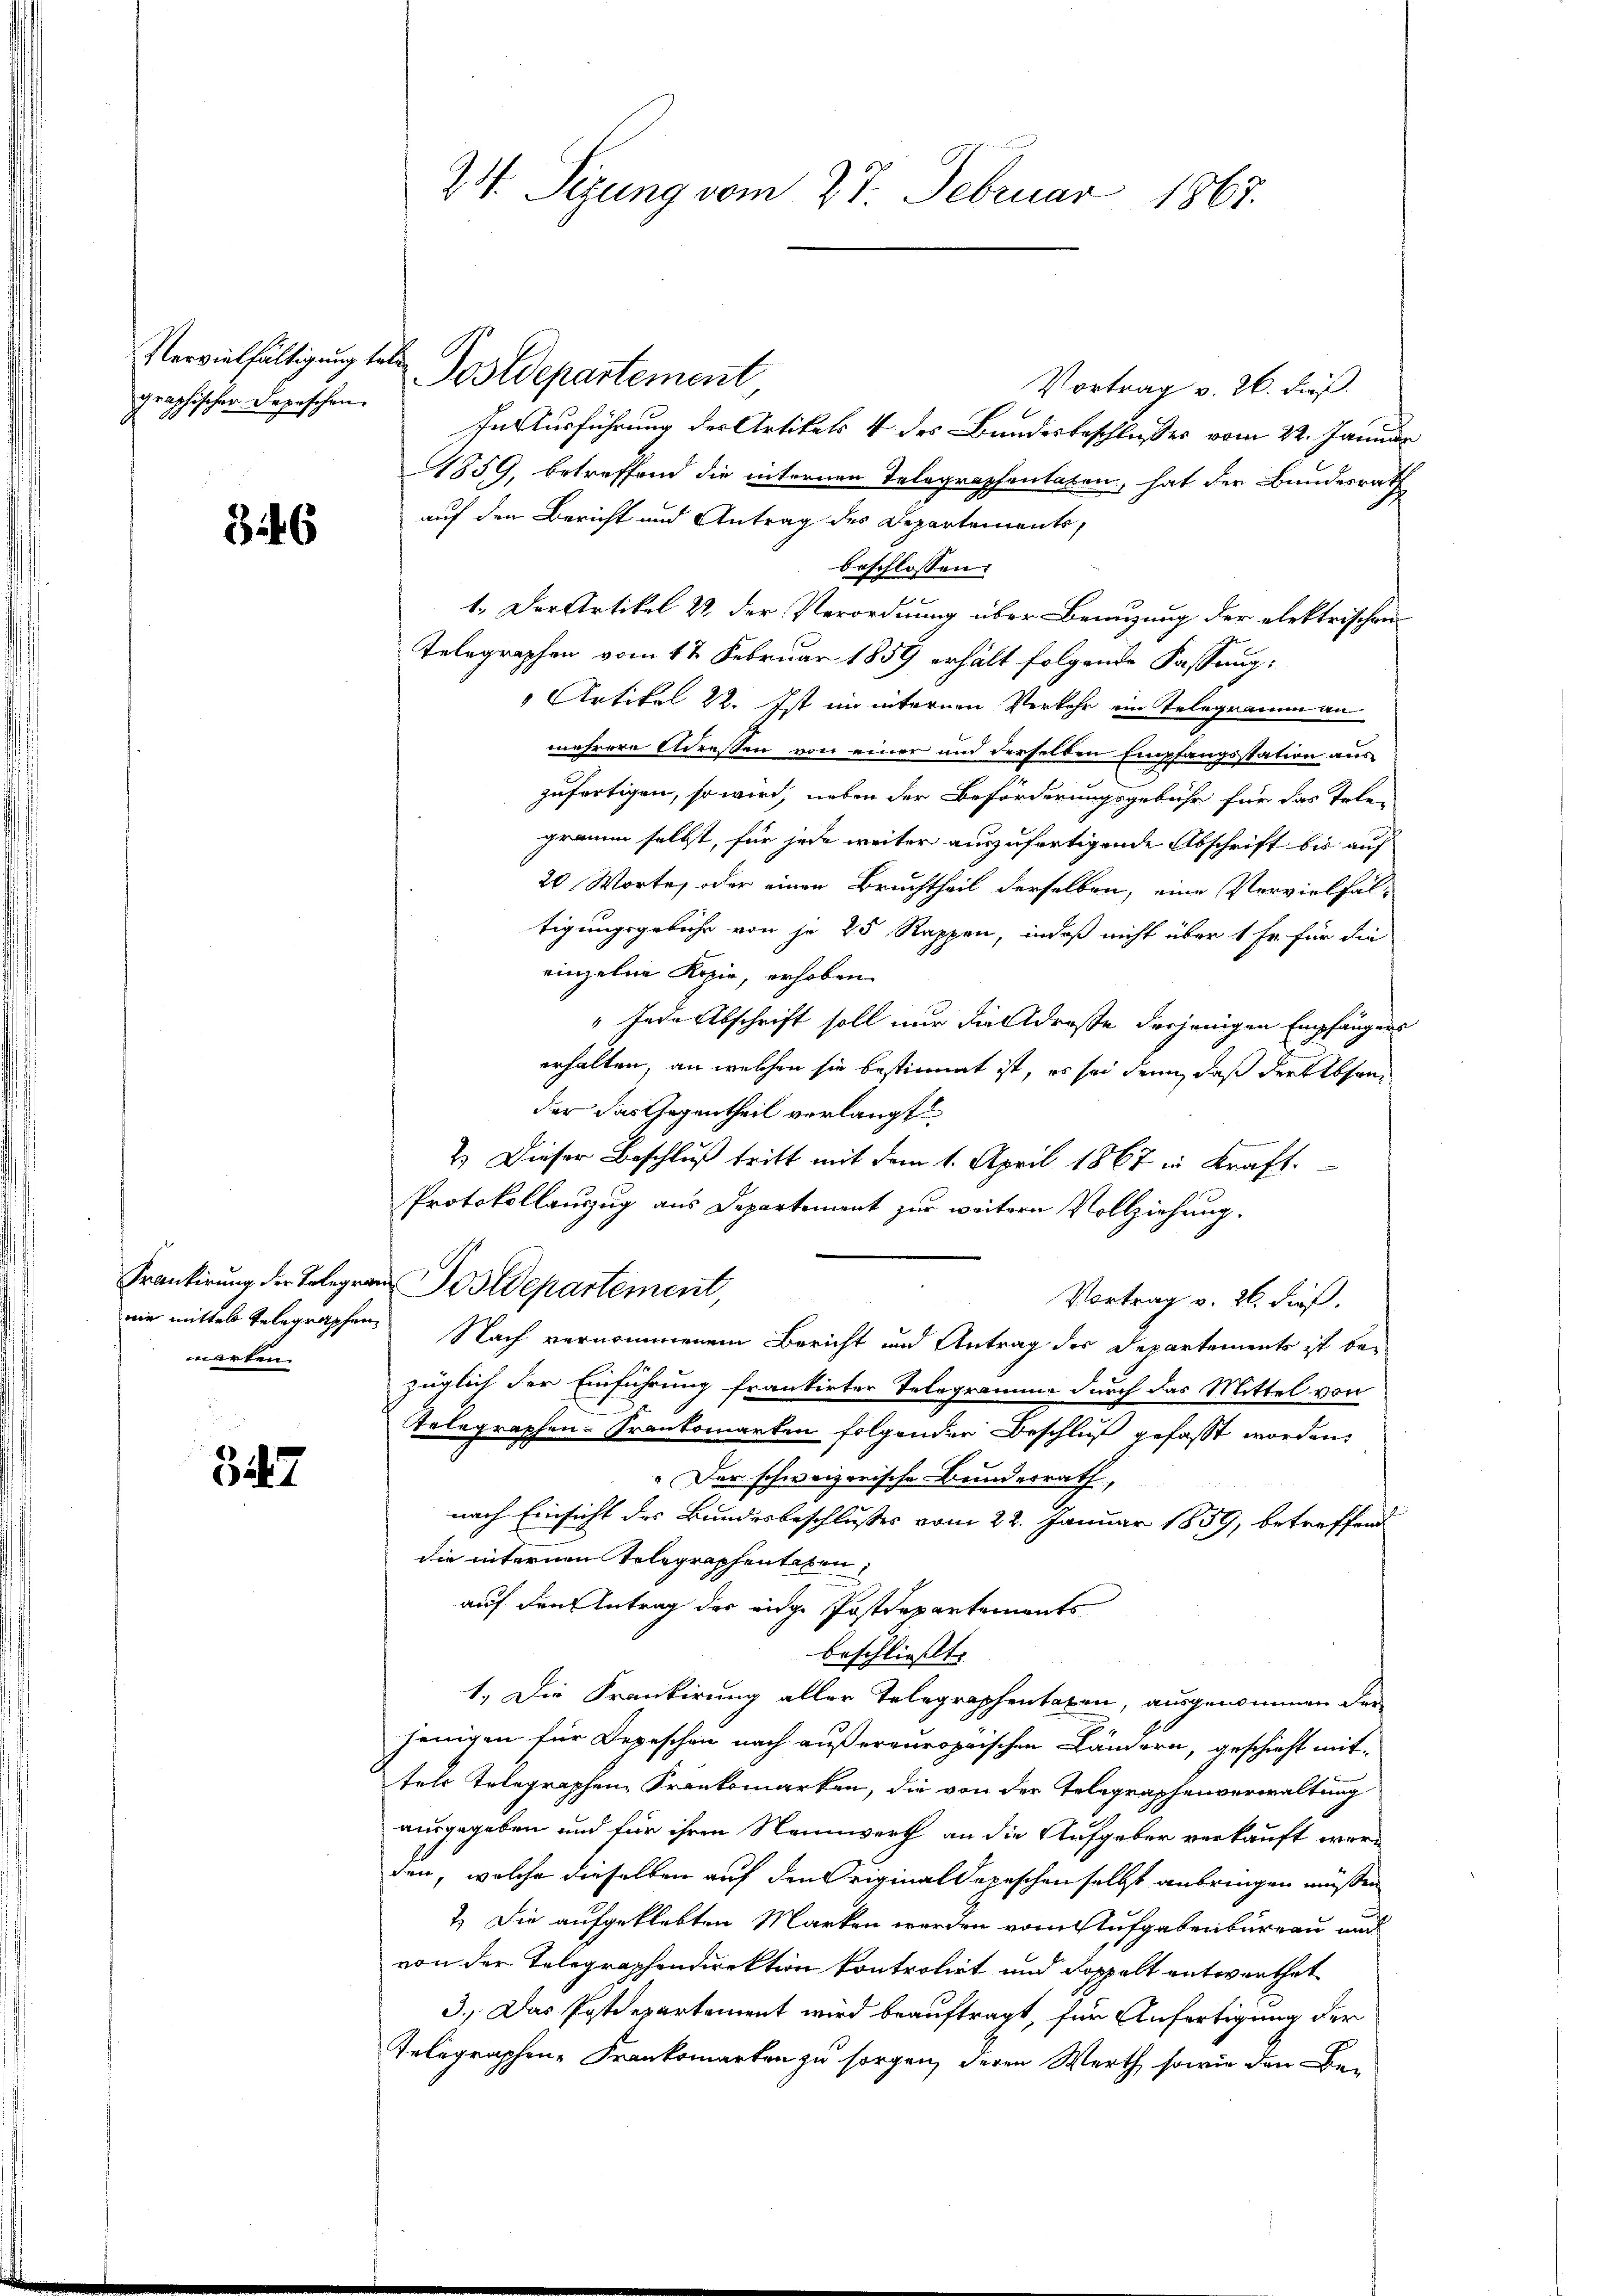
graphischer Depeschen
2

346

marten.

347

Vortrag v. 26. dieß.
In Ausführung der Artikels 4 des Bundesbeschlußes vom 22. Januar
1859, betreffend die internen Telegraphentaten, hat der Bundesrath
auf den Bericht und Antrag des Departements,
beschlossen:
1. Der Artikel 22 der Verordnung über Benuzung der elektrischen
Telegraphen vom 12 Februar 1859 erhält folgende Fassung:
Artikel 22. Ist in internen Verkehr ein Telegramm an
mehrere Adressen von einer und derselben Empfangsstation aus
zufertigen, so wird, neben der Beforderungsgebühr für das Telen
gramm selbst, für jede weiter auszufertigende Abschrift bis auf
20 Worte, oder einen Bruchtheil derselben, eine Vervielfal-
tigungsgebühr von je 25 Rappen, indeß nicht über 1 Fr. für die
einzelne Kopie, erhoben
"Jede Abschrift soll nur die Adreste derjenigen Empfangens
erhalten, an welchen sie bestimmt ist, es sei denn, daß der Abhander das Gegentheil verlangt
2.) Dieser Beschluß tritt mit dem 1. April 1867 in Kraft.
Protokollauszug aus Departement zur weitern Vollziehung.
Frankirung der Telegram Postdepartement,
Vortrag v. 26. dieß.
nie mittel Gelegraphen. Nach vernommenem Bericht und Antrag der Departements ist bezüglich der Einführung frankirter Telegramme durch das Mittel von
Telegraphen-Frankomarten folgender Beschluß gefasst worden.
„Der schweizerische Bundesrath,
nach Einsicht des Bundesbeschlußes vom 22. Januar 1859, betreffend
die internen Telegraphentaten,
auf den Antrag der eige Postdepartements
beschließt:
1.) Die Krankirung aller Telegraphentaben, ausgenommen der
jenigen für Depeschen nach außereuropäischen Ländern, geschieht mittels Telegraphen, Franksmarken, die von der Telegraphenverwaltung
ausgegeben und für ihren Nennwerth an die Aufgeber verkauft werden, welche dieselben auf den Original depeschen selbst anbringen müssen
7.) Die aufgeklebten Marken werden vom Aufgabenbureau und
von der Telegraphendirektion kontrolirt und doppelt entwerthet
3.) Das Postdepartement wird beauftragt, für Anfertigung der
Telegraphen-Frankomarten zu sorgen, deren Werth, sowie den Be-

24. Sizung vom 27. Februar 1865.

Vervielfältigung tele Postdepartement,